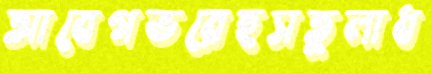
আবেগভরেহুসতুলাধ